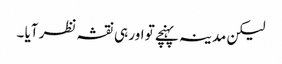
لیکن مدینہ پہنچے تو اور ہی نقشہ نظر آیا ۔